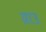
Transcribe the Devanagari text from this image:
ग्राउ